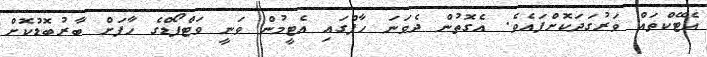
އެޓޭކްތައް ވަރުގަދަކޮށްފައެވެ. އެގޮތުން ދެވަނަ ހާފްގައި އެޓީމުން ވަނީ ވަޓްފޯޑްގެ ހާފަށް ބާރުބޮޑުކޮށް